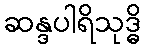
ဆန္ဒပါရိသုဒ္ဓိ